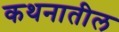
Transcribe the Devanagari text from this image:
कथनातील